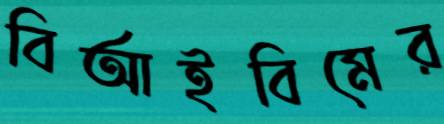
বিআইবিমের